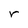
Character: r